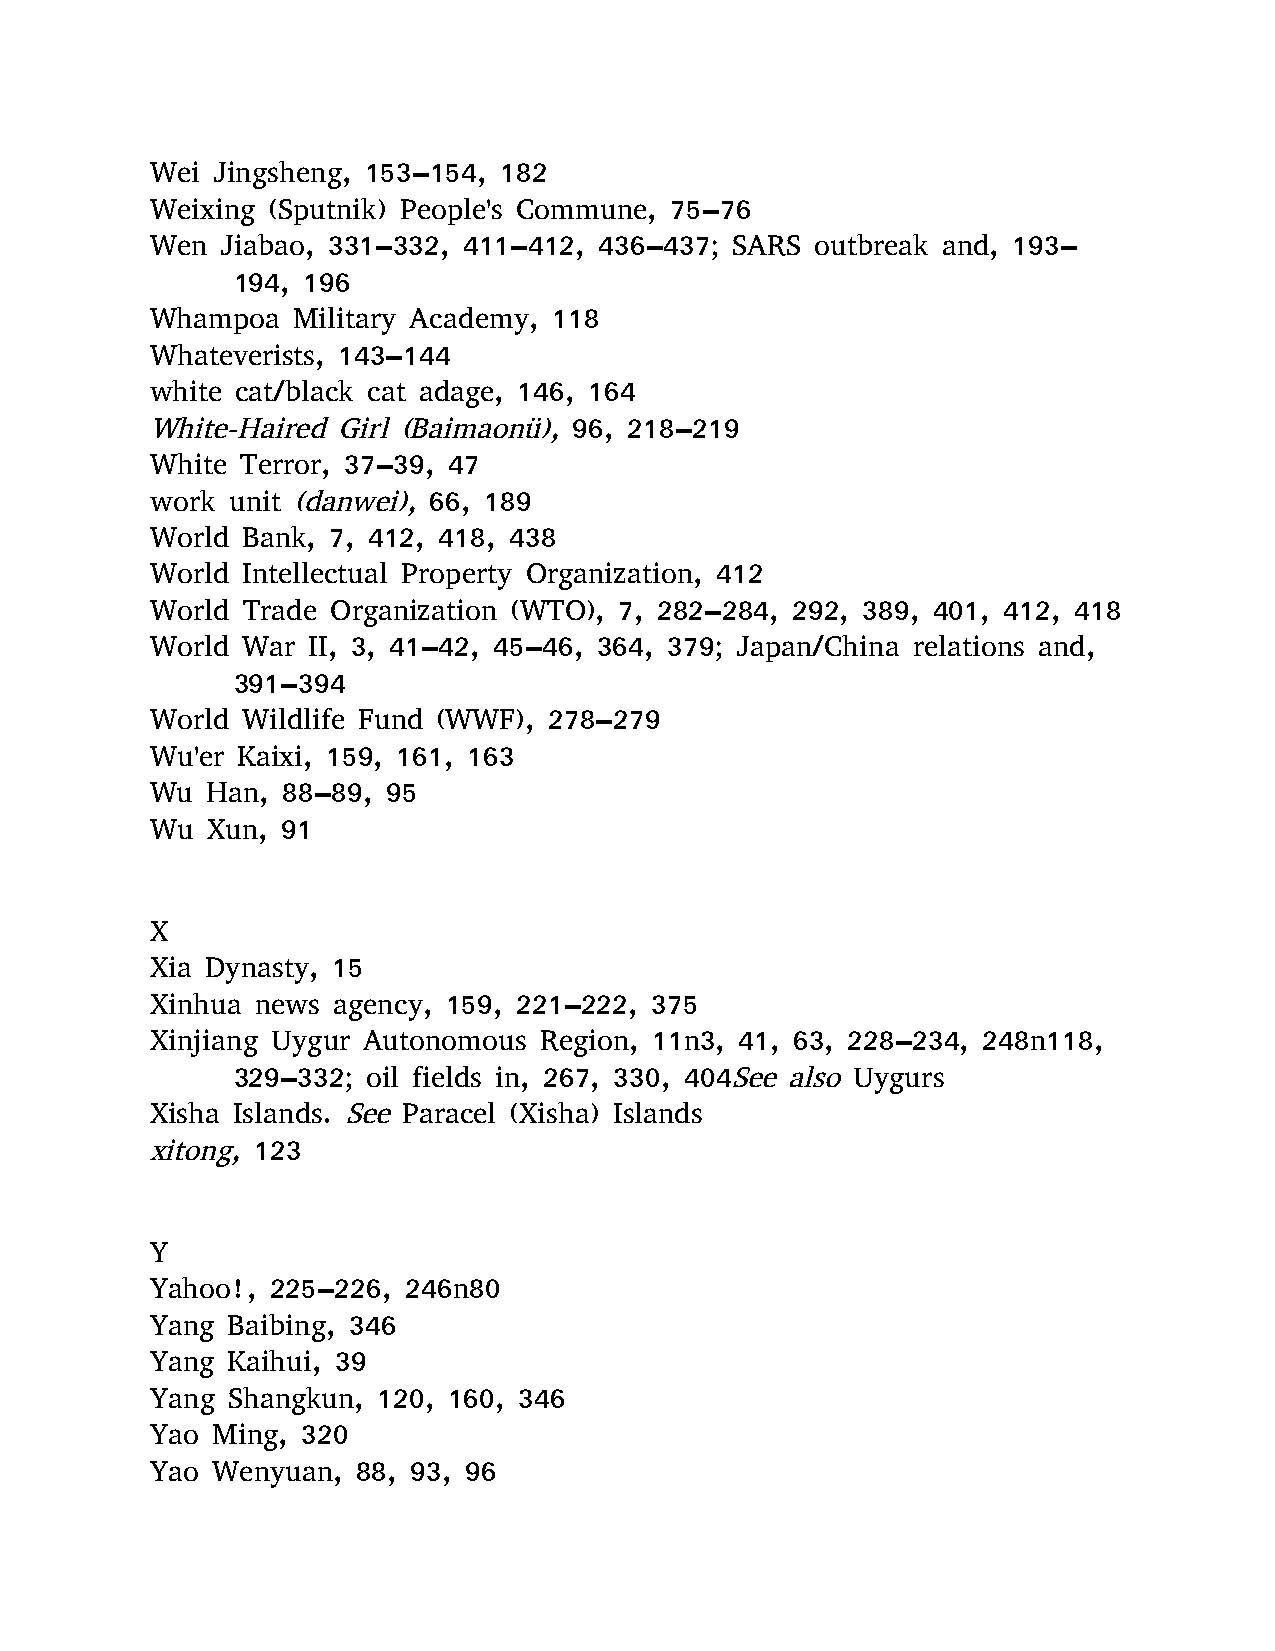
Wei Jingsheng, 153–154, 182
 Weixing (Sputnik) People's Commune, 75–76
 Wen  Jiabao, 331–332, 411–412, 436–437; SARS outbreak and, 193–
 194, 196
 Whampoa  Military Academy, 118
 Whateverists, 143–144
 white cat/black cat adage, 146, 164
 White-Haired Girl (Baimaonü), 96, 218–219
 White Terror, 37–39, 47
 work unit (danwei), 66, 189
 World Bank, 7, 412, 418, 438
 World Intellectual Property Organization, 412
 World Trade Organization (WTO), 7, 282–284, 292, 389, 401, 412, 418
 World War II, 3, 41–42, 45–46, 364, 379; Japan/China relations and,
 391–394
 World Wildlife Fund (WWF), 278–279
 Wu'er Kaixi, 159, 161, 163
 Wu  Han, 88–89, 95
 Wu  Xun, 91
 X
 Xia Dynasty, 15
 Xinhua news agency, 159, 221–222, 375
 Xinjiang Uygur Autonomous Region, 11n3, 41, 63, 228–234, 248n118,
 329–332; oil fields in, 267, 330, 404See also Uygurs
 Xisha Islands. See Paracel (Xisha) Islands
 xitong, 123
 Y
 Yahoo!, 225–226, 246n80
 Yang Baibing, 346
 Yang Kaihui, 39
 Yang Shangkun, 120, 160, 346
 Yao Ming, 320
 Yao Wenyuan,  88, 93, 96